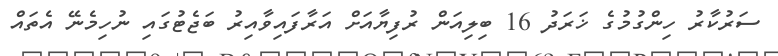
ސަރުކާރު ހިންގުމުގެ ޚަރަދު 16 ބިލިއަން ރުފިޔާއަށް އަރާފައިވާއިރު ބަޖެޓުގައި ނުހިމެނޭ އެތައް